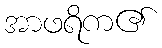
အာဖရိက၏